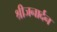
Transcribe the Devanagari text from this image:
श्रीजनार्दन